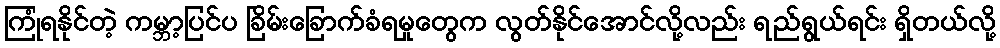
ကြုံရနိုင်တဲ့ ကမ္ဘာ့ပြင်ပ ခြိမ်းခြောက်ခံရမှုတွေက လွတ်နိုင်အောင်လို့လည်း ရည်ရွယ်ရင်း ရှိတယ်လို့